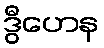
ဒွီဟေန